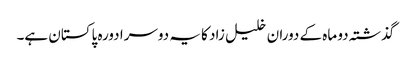
گذشتہ دو ماہ کے دوران خلیل زاد کا یہ دوسرا دورہ پاکستان ہے۔